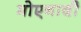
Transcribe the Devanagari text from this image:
मोएनादी